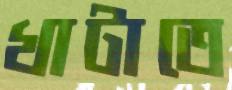
খাটাতে